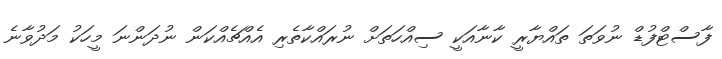
ފާސްޓްފުޑް ނުވަތަ ތައްޔާރީ ކާނާއަކީ ސިއްހަތަށް ނުރައްކާތެރި އެއްޗެއްކަން ނުދަންނަ މީހަކު މަދުވާނެ